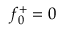
f _ { 0 } ^ { + } = 0